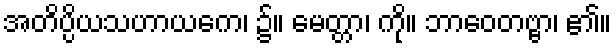
အတိပ္ပိယသဟာယကေ၊ ၌။ မေတ္တာ၊ ကို။ ဘာဝေတဗ္ဗာ၊ ၏။